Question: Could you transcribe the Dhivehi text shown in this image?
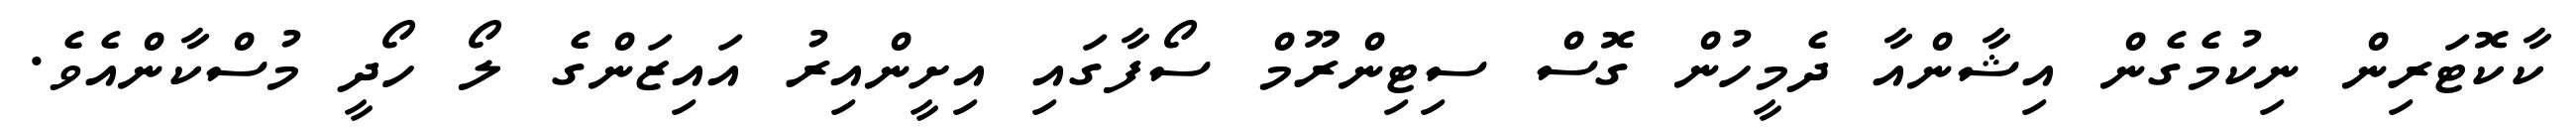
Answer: ކާކޮޓަރިން ނިކުމެގެން އިޝާންއާ ދެމީހުން ގޮސް ސިޓިންރޫމް ސޯފާގައި އިށީންއިރު އައިޒަންގެ ލޯ ހޯދީ މުސްކާންއެވެ.